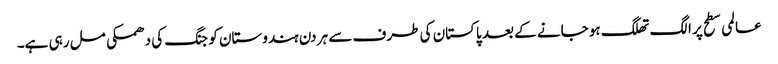
عالمی سطح پر الگ تھلگ ہو جانے کے بعد پاکستان کی طرف سے ہر دن ہندوستان کو جنگ کی دھمکی مل رہی ہے۔